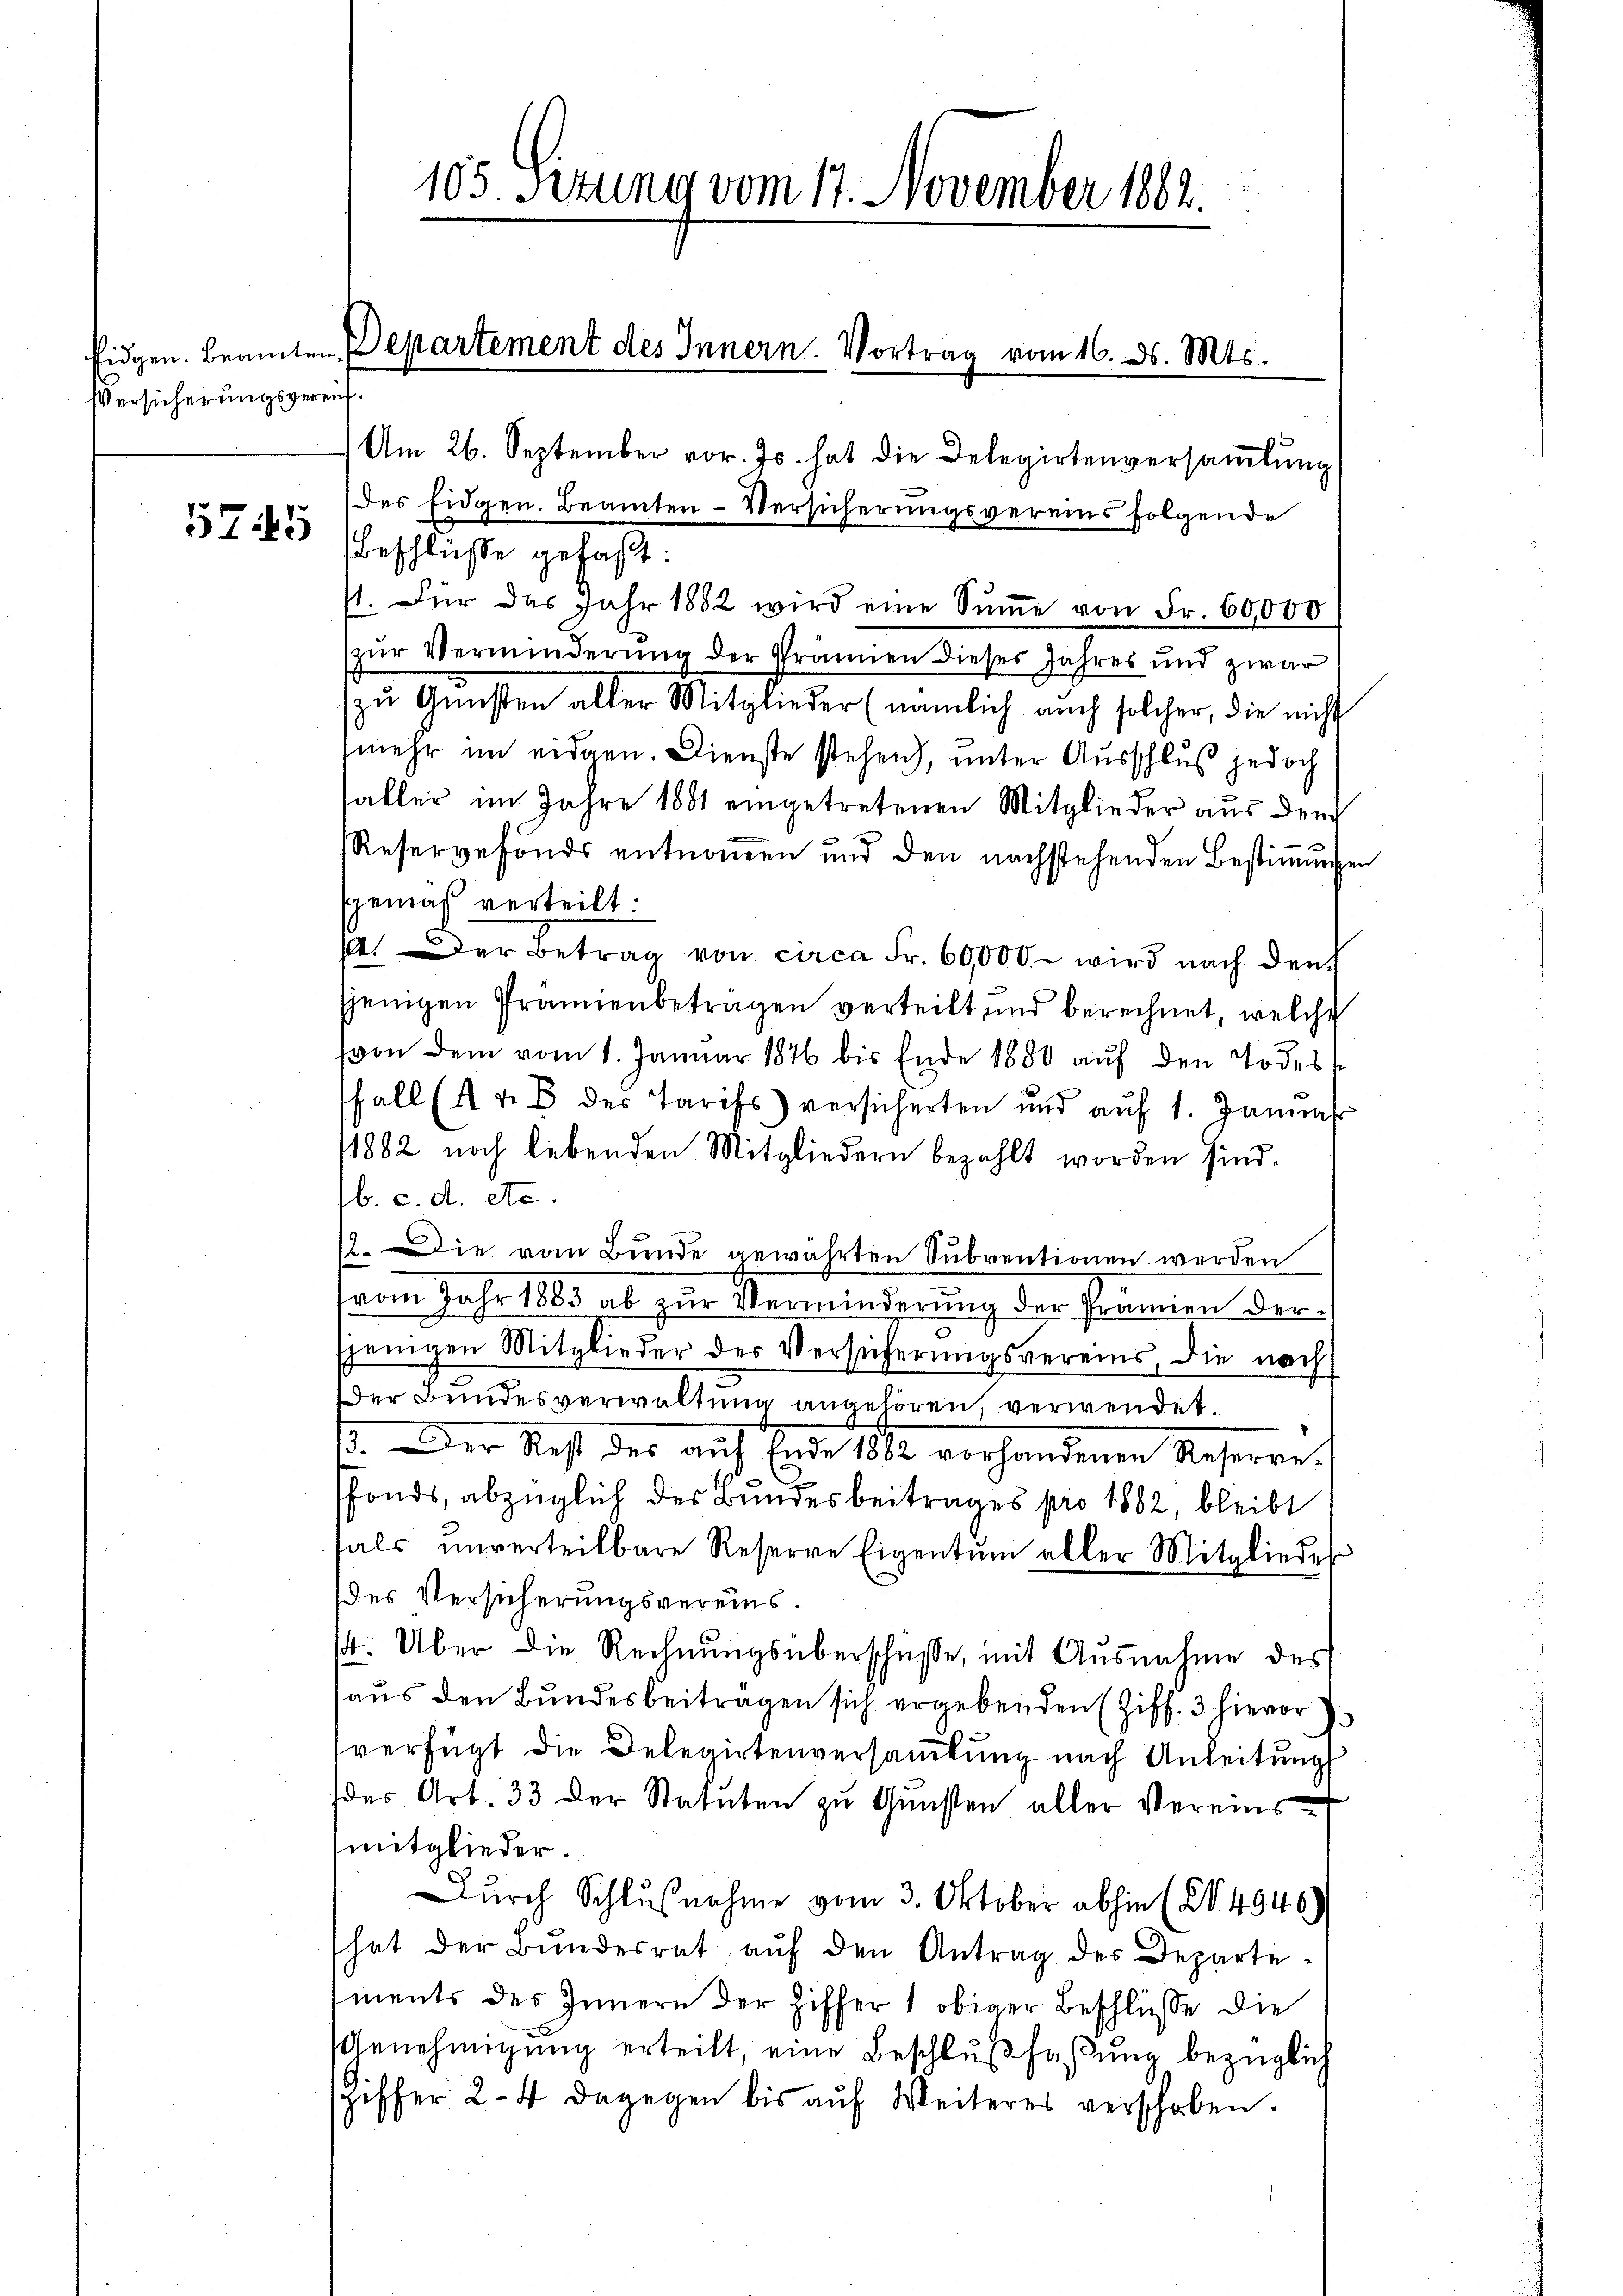
Versicherungsgereich¬

5745

1. Für das Jahr 1882 wird eine Sŭṁe von Fr. 60,000
zŭr Verminderŭng der Prämien dieses Jahres und zwar
zu Gunsten aller Mitglieder (nämlich auch solcher, die nicht
mehr im eidgen. Dienste stehen), unter Ausschluß jedoch
saller im Jahre 1881 eingetretenen Mitglieder aus der
Reservefonds entnoṁen und den nachstehenden Bestiṁŭngen
sgemäß verteilt:
.er Betrag von circa Fr. 60,000 - wird nach den
sjenigen Prämienbeträgen verteilt und berechnet, welche
(von dem vom 1. Januar 1876 bis Ende 1850 auf den Todess
ffall (A & B. des Tarifs versicherten und aŭf 1. Janua
1882 noch lebenden Mitgliedern bezahlt worden sind.
b. c. d. etc.
12. Die vom Bunde gewährten Subventionen werden
vom Jahr 1883 ab zŭr Verminderŭng der Prämien der
sjenigen Mitglieder des Versicherungsvereins, die noch
Der Bundesverwaltung angehören, verwendet.
13. Der Rest des aŭf Ende 1882 vorhandenen Reserve-
fonds, abzüglich des Bundesbeitrages pro 1882, bleibt
fals unverteilbare Reserve Eigentum aller Mitgliedes
des Versicherungsvereins.
st. Über die Rechnungsüberschüsse, mit Ausnahme des
aus den Bundesbeiträgen sich ergebenden (Ziff. 3 hievor
verfügt die Delegirtenversamlung nach Anleitung
des Art. 33 der Statuten zu Gunsten aller Vereinsmitglieder.
Durch Schlußnahme vom 3. Oktober abhin (S. 4946)
hat der Bŭndesrat aŭf den Antrag des Departements des Innern der Ziffer 1 obiger Beschlüsse die
Genehmigung erteilt, eine Beschlußfaßung bezüglich
spiffer 2-4 dagegen bis aŭf Weiteres verschoben.

105. Sizung vom 17. November 1882.

Eidgen. Beamten Departement des Innern. Vortrag vom 16. ds. Mts.
Am 26. September vor. Js. hat die Delegirtenversaṁlŭng
des Eidgen. Beamten-Versicherungsvereins folgende
Beschlüße gefaßt: